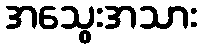
အသွေးအသား